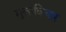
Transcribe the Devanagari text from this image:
मुक्तविचार